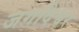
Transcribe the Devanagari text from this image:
जगदिश्वर